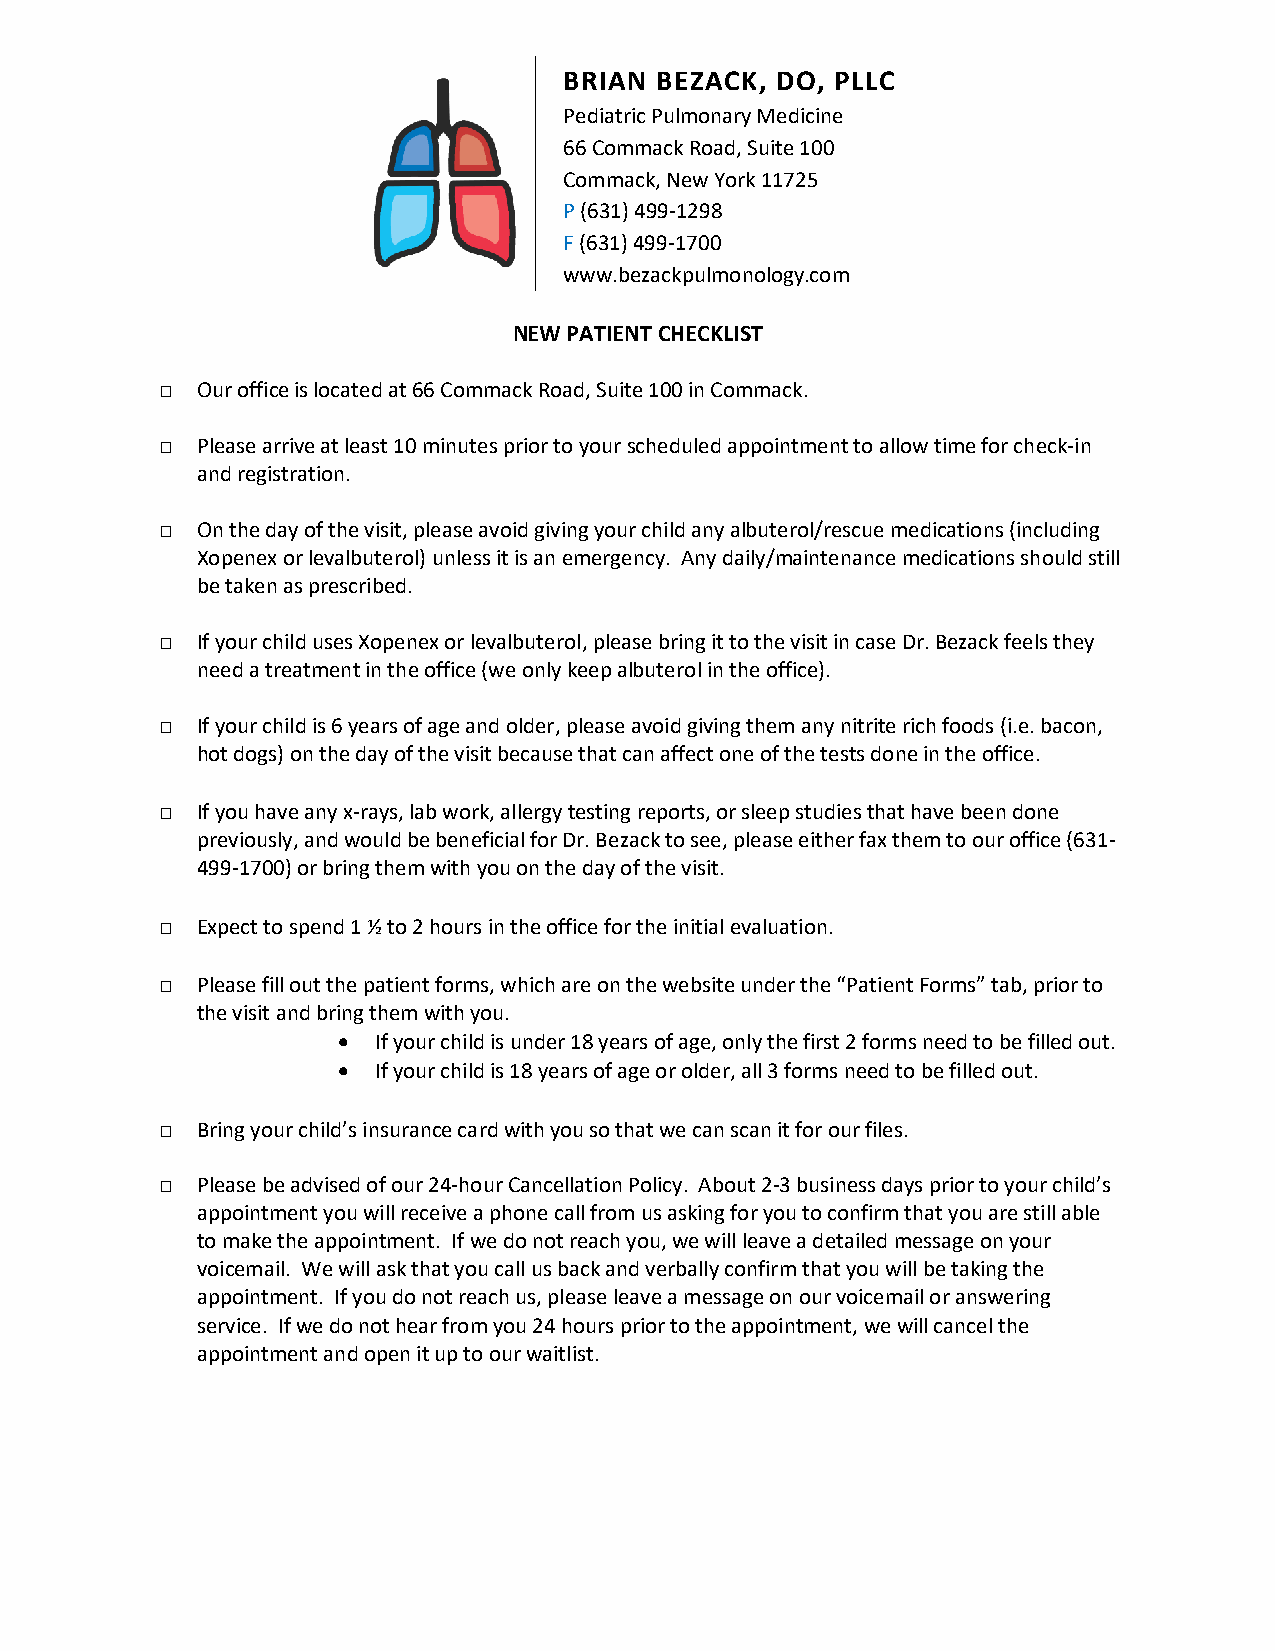
BRIAN BEZACK, DO, PLLC
 Pediatric Pulmonary Medicine
 66 Commack Road, Suite 100
 Commack, New York 11725
 P (631) 499-1298
 F (631) 499-1700
 www.bezackpulmonology.com
 NEW PATIENT CHECKLIST
 □ Our office is located at 66 Commack Road, Suite 100 in Commack.
 □ Please arrive at least 10 minutes prior to your scheduled appointment to allow time for check-in
 and registration.
 □ On the day of the visit, please avoid giving your child any albuterol/rescue medications (including
 Xopenex or levalbuterol) unless it is an emergency. Any daily/maintenance medications should still
 be taken as prescribed.
 □ If your child uses Xopenex or levalbuterol, please bring it to the visit in case Dr. Bezack feels they
 need a treatment in the office (we only keep albuterol in the office).
 □ If your child is 6 years of age and older, please avoid giving them any nitrite rich foods (i.e. bacon,
 hot dogs) on the day of the visit because that can affect one of the tests done in the office.
 □ If you have any x-rays, lab work, allergy testing reports, or sleep studies that have been done
 previously, and would be beneficial for Dr. Bezack to see, please either fax them to our office (631-
 499-1700) or bring them with you on the day of the visit.
 □ Expect to spend 1 ½ to 2 hours in the office for the initial evaluation.
 □ Please fill out the patient forms, which are on the website under the “Patient Forms” tab, prior to
 the visit and bring them with you.
 •  If your child is under 18 years of age, only the first 2 forms need to be filled out.
 •  If your child is 18 years of age or older, all 3 forms need to be filled out.
 □ Bring your child’s insurance card with you so that we can scan it for our files.
 □ Please be advised of our 24-hour Cancellation Policy. About 2-3 business days prior to your child’s
 appointment you will receive a phone call from us asking for you to confirm that you are still able
 to make the appointment. If we do not reach you, we will leave a detailed message on your
 voicemail. We will ask that you call us back and verbally confirm that you will be taking the
 appointment. If you do not reach us, please leave a message on our voicemail or answering
 service. If we do not hear from you 24 hours prior to the appointment, we will cancel the
 appointment and open it up to our waitlist.